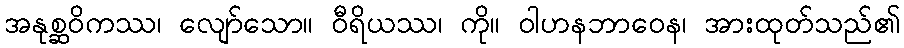
အနုစ္ဆဝိကဿ၊ လျော်သော။ ဝီရိယဿ၊ ကို။ ဝါဟနဘာဝေန၊ အားထုတ်သည်၏